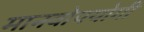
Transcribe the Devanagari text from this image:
मानवोपयोगी